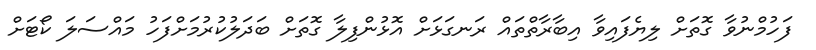
ފަހުމްނުވާ ގޮތަށް ލިޔެފައިވާ އިބާރާތްތައް ރަނގަޅަށް އޮޅުންފިލާ ގޮތަށް ބަދަލުކުރުމަށްފަހު މައްސަލަ ކޯޓަށް